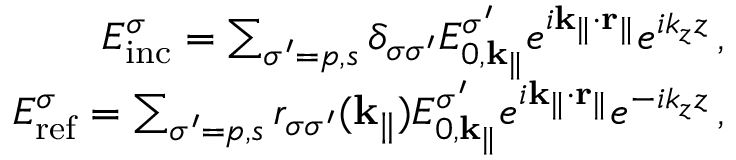
\begin{array} { r } { E _ { \mathrm { i n c } } ^ { \sigma } = \sum _ { \sigma ^ { \prime } = p , s } \delta _ { \sigma \sigma ^ { \prime } } E _ { 0 , \mathbf { k } _ { \| } } ^ { \sigma ^ { \prime } } e ^ { i \mathbf { k } _ { \| } \cdot \mathbf { r } _ { \| } } e ^ { i k _ { z } z } \, , } \\ { E _ { \mathrm { r e f } } ^ { \sigma } = \sum _ { \sigma ^ { \prime } = p , s } r _ { \sigma \sigma ^ { \prime } } ( \mathbf { k } _ { \| } ) E _ { 0 , \mathbf { k } _ { \| } } ^ { \sigma ^ { \prime } } e ^ { i \mathbf { k } _ { \| } \cdot \mathbf { r } _ { \| } } e ^ { - i k _ { z } z } \, , } \end{array}